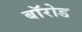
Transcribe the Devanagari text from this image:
बॉरोड